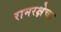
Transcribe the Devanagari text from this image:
रामरक्षेचा